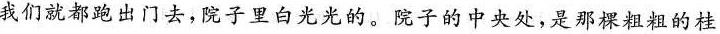
“我们就都跑出门去，院子里白光光的。院子的中央处，是那棵粗粗的桂